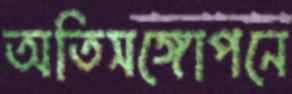
অতিসঙ্গোপনে